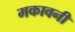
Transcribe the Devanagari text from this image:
मकावनी